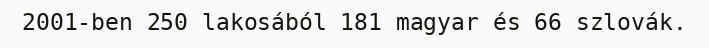
2001-ben 250 lakosából 181 magyar és 66 szlovák.